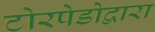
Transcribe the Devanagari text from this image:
टोरपेडोद्वारा